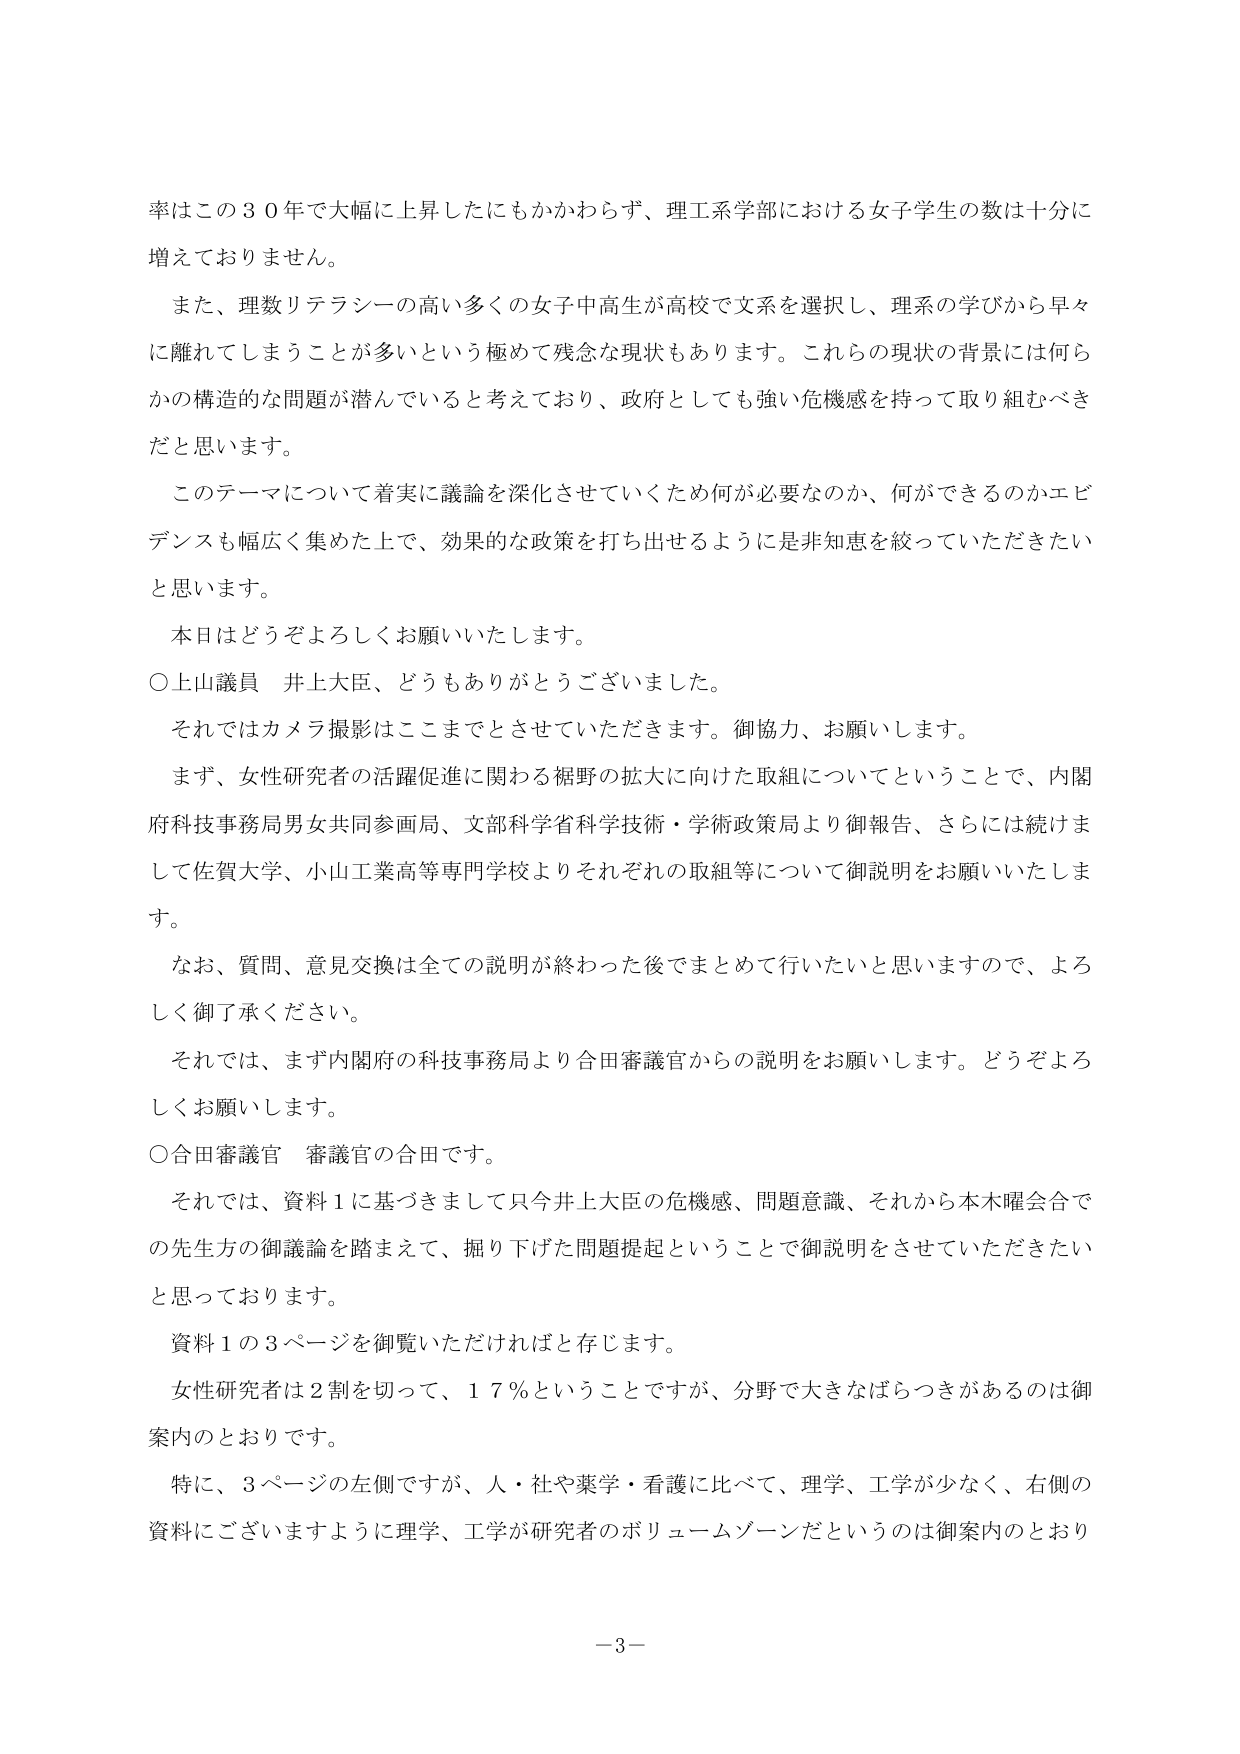
率はこの３０年で大幅に上昇したにもかかわらず、理工系学部における女子学生の数は十分に
増えておりません。
　また、理数リテラシーの高い多くの女子中高生が高校で文系を選択し、理系の学びから早々
に離れてしまうことが多いという極めて残念な現状もあります。これらの現状の背景には何ら
かの構造的な問題が潜んでいると考えており、政府としても強い危機感を持って取り組むべき
だと思います。
　このテーマについて着実に議論を深化させていくため何が必要なのか、何ができるのかエビ
デンスも幅広く集めた上で、効果的な政策を打ち出せるように是非知恵を絞っていただきたい
と思います。
　本日はどうぞよろしくお願いいたします。
○上山議員　井上大臣、どうもありがとうございました。
　それではカメラ撮影はここまでとさせていただきます。御協力、お願いします。
　まず、女性研究者の活躍促進に関わる裾野の拡大に向けた取組についてということで、内閣
府科技事務局男女共同参画局、文部科学省科学技術・学術政策局より御報告、さらには続けま
して佐賀大学、小山工業高等専門学校よりそれぞれの取組等について御説明をお願いいたしま
す。
　なお、質問、意見交換は全ての説明が終わった後でまとめて行いたいと思いますので、よろ
しく御了承ください。
　それでは、まず内閣府の科技事務局より合田審議官からの説明をお願いします。どうぞよろ
しくお願いします。
○合田審議官　審議官の合田です。
　それでは、資料１に基づきまして只今井上大臣の危機感、問題意識、それから本木曜会合で
の先生方の御議論を踏まえて、掘り下げた問題提起ということで御説明をさせていただきたい
と思っております。
　資料１の３ページを御覧いただければと存じます。
　女性研究者は２割を切って、１７％ということですが、分野で大きなばらつきがあるのは御
案内のとおりです。
　特に、３ページの左側ですが、人・社や薬学・看護に比べて、理学、工学が少なく、右側の
資料にございますように理学、工学が研究者のボリュームゾーンだというのは御案内のとおり

－３－